Report of the Indian Hemp Drugs Commission, 1894-1895 - Volume VII
Year: 1894
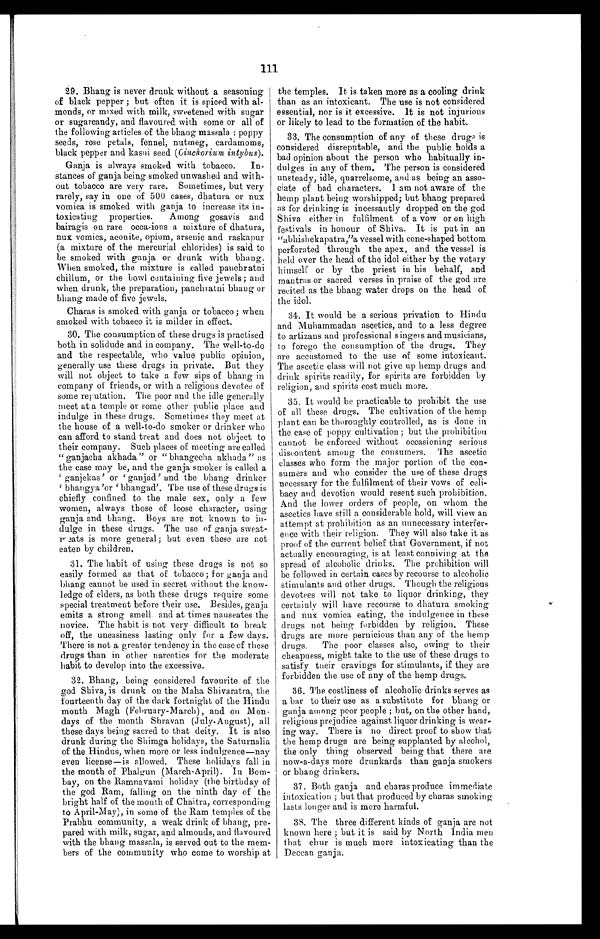
111
29. Bhang is never drunk without a seasoning
of black pepper ; but often it is spiced with al-
monds, or mixed with milk, sweetened with sugar
or sugarcandy, and flavoured with some or all of
the following articles of the bhang massala : poppy
seeds, rose petals, fennel, nutmeg, cardamoms,
black pepper and kasni seed (Cinchorium intybus ) .
Ganja is always smoked with tobacco. In-
stances of ganja being smoked unwashed and with-
out tobacco are very rare. Sometimes, but very
rarely, say in one of 500 cases, dhatura or nux
vomica is smoked with ganja to increase its in-
toxicating properties. Among gosavis and
bairagis on rare occasions a mixture of dhatura,
nux vomica, aconite, opium, arsenic and raskapur
(a mixture of the mercurial chlorides) is said to
be smoked with ganja or drunk with bhang.
When smoked, the mixture is called panchratni
chillum, or the bowl containing five jewels ; and
when drunk, the preparation, panchratni bhang or
bhang made of five jewels.
Charas is smoked with ganja or tobacco ; when
smoked with tobacco it is milder in effect.
30. The consumption of these drugs is practised
both in solidude and in company. The well-to-do
and the respectable, who value public opinion,
generally use these drugs in private. But they
will not object to take a few sips of bhang in
company of friends, or with a religious devotee of
some reputation. The poor and the idle generally
meet at a temple or some other public place and
indulge in these drugs. Sometimes they meet at
the house of a well-to-do smoker or drinker who
can afford to stand treat and does not object to
their company. Such places of meeting are called
" ganjacha akhada " or " bhangecha akhada" as
the case may be, and the ganja smoker is called a
' ganjekas ' or ' ganjad ' and the bhang drinker
' bhangya ' or ' bhangad ' . The use of t hese drugs i s
chiefly confined to the male sex, only a few
women, always those of loose character, using
ganja and behang. Boys are not known to in-
dulge in these drugs. The use of ganja sweat-
meats is more general ; but even these are not
eaten by children.
31. The habit of using these drugs is not so
easily formed as that of tobacco ; for ganja and
bhang cannot be used in secret without time know-
ledge of elders, as both these drugs require some
special treatment before their use. Besides, ganja
emits a strong smell and at times nauseates the
novice. The habit is not very difficult to break
off, the uneasiness lasting only for a few days.
There is not a greater tendency in the case of these
drugs than in other narcotics for the moderate
habit to develop into the excessive.
32. Bhang, being considered favourite of the
god Shiva, is drunk on the Maha Shivaratra, the
fourteenth day of the dark fortnight of the Hindu
month Magh (February-March), and on Mon-
days of the month Shravan (July-August), all
these days being sacred to that deity. It is also
drunk during the Shimga holidays, the Saturnalia
of the Hindus, when more or less indulgence—nay
even license—is allowed. These holidays fall in
the month of Phalgun (March-April). In Bom-
bay, on the Ramnavami holiday (the birthday of
the god Ram, falling on the ninth day of the
bright half of the month of Chaitra, corresponding
to April-May), in some of the Ram temples of the
Prabhu community, a weak drink of bhang, pre-
pared with milk, sugar, and almonds, and flavoured
with the bhang massala, is served out to the mem-
bers of the community who come to worship at
the temples. It is taken more as a cooling drink
than as an intoxicant. The use is not considered
essential, nor is it excessive. It is not injurious
or likely to lead to the formation of the habit.
33. The consumption of any of these drugs is
considered disreputable, and the public holds a
bad opinion about the person who habitually in-
dulges in any of them. The person is considered
unsteady, idle, quarrelsome, and as being an asso-
ciate of bad characters. I am not aware of the
hemp plant being worshipped ; but bhang prepared
as for drinking is incessantly dropped on the god
Shiva either in fulfilment of a vow or on high
festivals in honour of Shiva. It is put in an
"abhishekapatra,"a vessel with cone-shaped bottom
perforated through the apex, and the vessel is
held over the head of the idol either by the votary
himself or by the priest in his behalf, and
mantras or sacred verses in praise of the god are
recited as the bhang water drops on the head of
the idol.
34. It would be a serious privation to Hindu
and Muhammadan ascetics, and to a less degree
to artizans and professional singers and musicians,
to forego the consumption of the drugs. They
are accustomed to the use of some intoxicant.
The ascetic class will not give up hemp drugs and
drink spirits readily, for spirits are forbidden by
religion, and spirits cost much more.
35. It would be practicable to prohibit the use
of all these drugs. The cultivation of the hemp
plant can be thoroughly controlled, as is done in
the case of poppy cultivation ; but the prohibition
cannot be enforced without occasioning serious
discontent among the consumers. The ascetic
classes who form the major portion of the con-
sumers and who consider the use of these drugs
necessary for the fulfilment of their vows of celi-
bacy and devotion would resent such prohibition.
And the lower orders of people, on whom the
ascetics have still a considerable hold, will view an
attempt at prohibition as an unnecessary interfer-
ence with their religion. They will also take it as
proof of the current belief that Government, if not
actually encouraging, is at least conniving at the
spread of alcoholic drinks. The prohibition will
be followed in certain cases by recourse to alcoholic
stimulants and other drugs. Though the religious
devotees will not take to liquor drinking, they
certainly will have recourse to dhatura smoking
and nux vomica eating, the indulgence in these
drugs not being forbidden by religion. These
drugs are more pernicious than any of the hemp
drugs. The poor classes also, owing to their
cheapness, might take to the use of these drugs to
satisfy their cravings for stimulants, if they are
forbidden the use of any of the hemp drugs.
36. The costliness of alcoholic drinks serves as
a bar to their use as a substitute for bhang or
ganja among poor people ; but, on the other hand,
religious prejudice against liquor drinking is wear-
ing way. There is no direct proof to show that
the hemp drugs are being supplanted by alcohol,
the only thing observed being that there are
now-a-days more drunkards than ganja smokers
or bhang drinkers.
37. Both ganja and charas produce immediate
intoxication ; but that produced by charas smoking
lasts longer and is more harmful.
38. The three different kinds of ganja are not
known here ; but it is said by North India men
that chur is much more intoxicating than the
Deccan ganja.